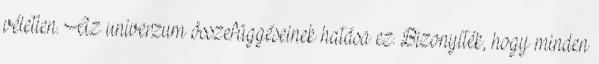
véletlen. Az univerzum összefüggéseinek hatása ez. Bizonyíték, hogy minden